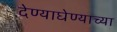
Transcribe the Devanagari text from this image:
देण्याघेण्याच्या